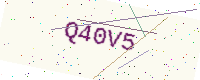
Text: Q40V5